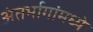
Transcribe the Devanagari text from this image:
अंतर्भागांमध्ये